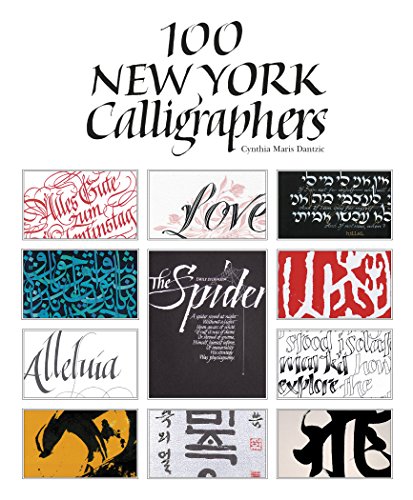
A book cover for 100 New York Calligraphers; Cynthia Dantzic; Arts & Photography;